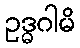
ဥဒ္ဓဂါမိ